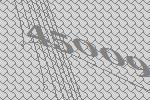
45009